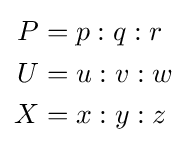
{\begin{aligned}P&=p:q:r\\U&=u:v:w\\X&=x:y:z\\\end{aligned}}